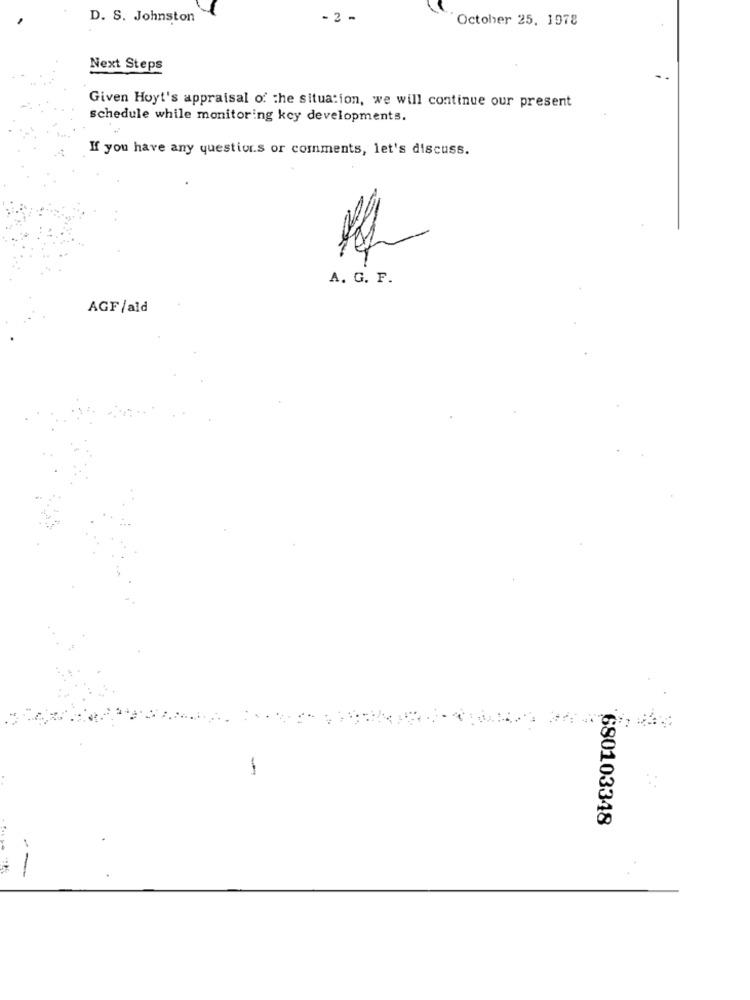
D. S. Johnston
- 2 -
October 25. 1978
Next Steps
Given Hoyt's appraisal of the situation, we will continue our present
schedule while monitoring key developments.
If you have any questions or comments, let's discuss.
A. G. F.
AGF/ald
680103348